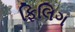
ફિલિગ